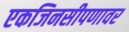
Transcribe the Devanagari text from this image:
एकजिनसीपणावर